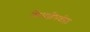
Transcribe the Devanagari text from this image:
किमतींमधील